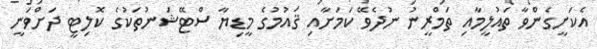
އެކަށީގެންވާ ތައުލީމާއި ތަމްރީނު ނުދެވޭ ކަމަށާއި ޤައުމުގެ މީޑިޔާ ސްޓޭޝަނުތަކުގެ ކޮލިޓީ ދަށްވަނީ